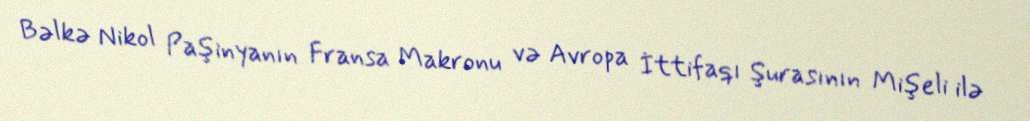
Bəlkə Nikol Paşinyanın Fransa Makronu və Avropa İttifaqı Şurasının Mişeli ilə